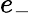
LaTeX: e_{-}